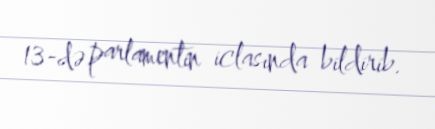
13-də parlamentin iclasında bildirib.